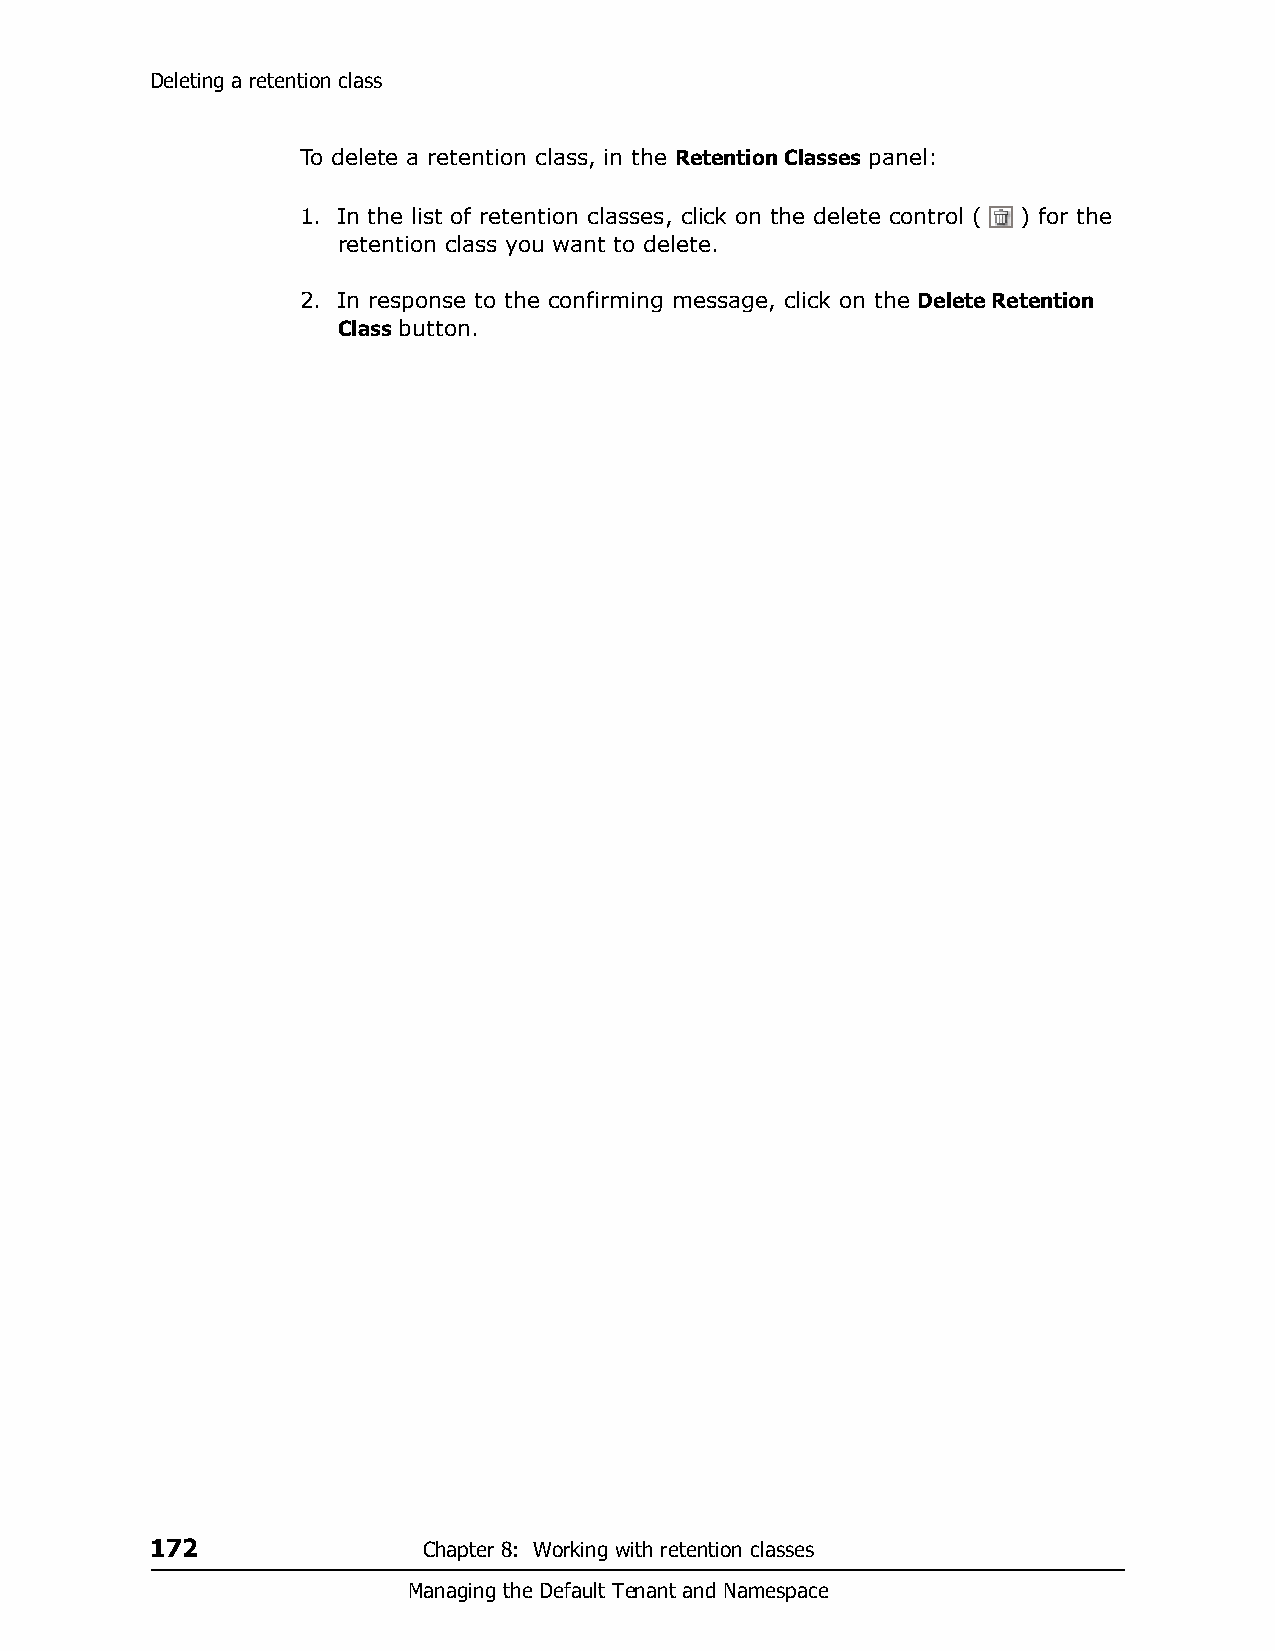
Deleting a retention class
 To delete a retention class, in the Retention Classes panel:
 1. In the list of retention classes, click on the delete control ( ) for the
 retention class you want to delete.
 2. In response to the confirming message, click on the Delete Retention
 Class button.
 172               Chapter 8: Working with retention classes
 Managing the Default Tenant and Namespace